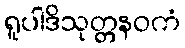
ရူပါဒိသုတ္တနဝကံ